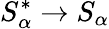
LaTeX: S_{\alpha}^{*}\rightarrow S_{\alpha}